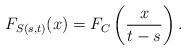
LaTeX: \begin{align*}F_{S(s,t)}(x) = F_{C}\left( \frac{x}{t-s} \right).\end{align*}